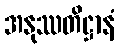
အနုဿတိဋ္ဌာနံ